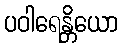
ပဝါရေန္တိယော